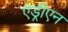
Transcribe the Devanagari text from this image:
एंड्रीएन